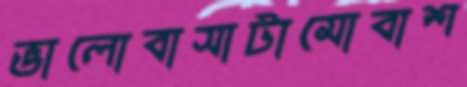
ভালোবাসাটামোবাশ